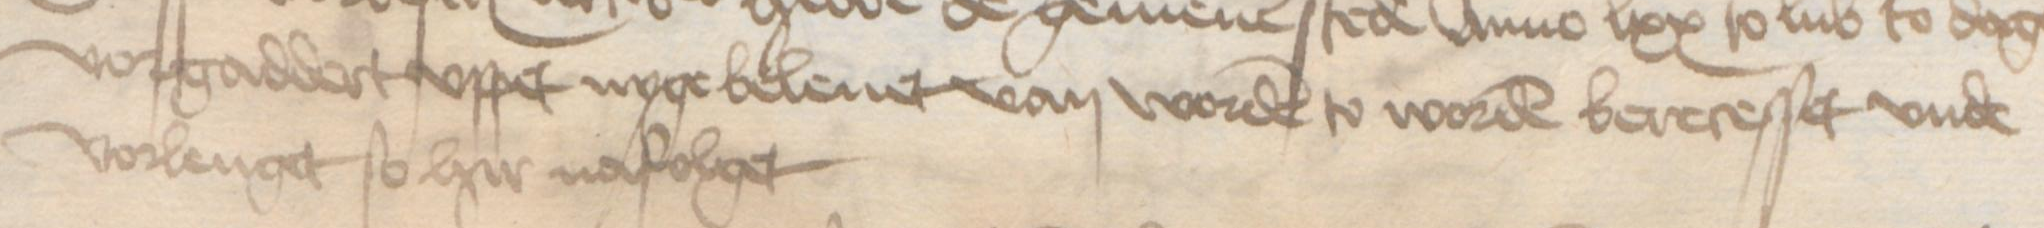
Transcription: vorgaddert vppet nyge beleuet van worden to worden berecesset vnde